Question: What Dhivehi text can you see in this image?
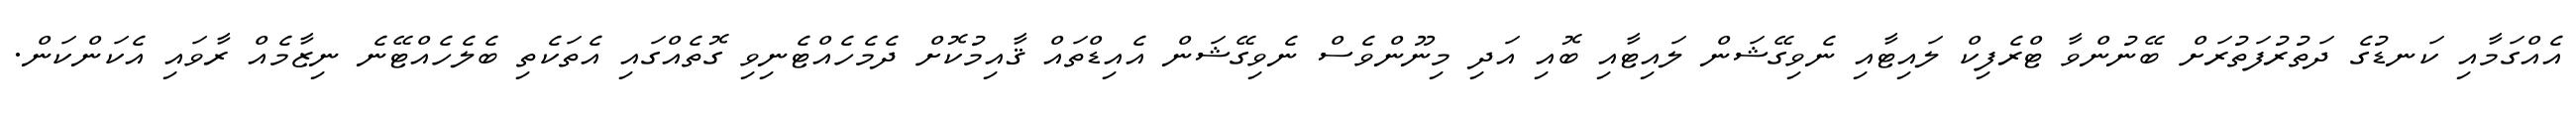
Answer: އެއްގަމާއި ކަނޑުގެ ދަތުރުފަތުރަށް ބޭނުންވާ ޓްރެފިކް ލައިޓާއި ނެވިގޭޝަން ލައިޓާއި ބޮއި އަދި މިނޫންވެސް ނެވިގޭޝަން އެއިޑްތައް ޤާއިމުކޮށް ދެމެހެއްޓެނިވި ގޮތެއްގައި އެތަކެތި ބެލެހެއްޓޭނެ ނިޒާމެއް ރާވައި އެކަންކަން.